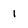
Character: 1